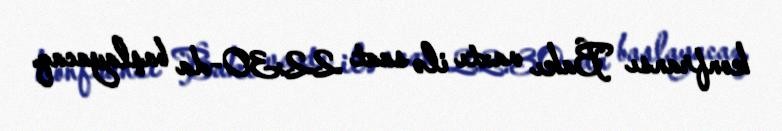
konfransı Bakı vaxtı ilə saat 22:30-da başlayacaq.